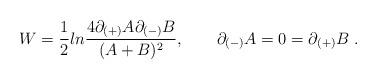
LaTeX: \begin{align*} W = {1 \over 2} ln {{4 \partial_{(+)} A \partial_{(-)} B} \over {(A+B)^2}}, \qquad\partial_{(-)} A = 0 = \partial_{(+)} B \; .\end{align*}